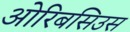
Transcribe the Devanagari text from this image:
ओरिबसिउस